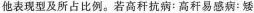
他表现型及所占比例。若高秆抗病：高秆易感病：矮